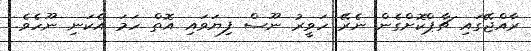
ރާއްޖޭގައި ޗާޕްކޮށްގެން ނެރޭ ހަވީރު ނޫސް ފިޔަވައި އޮތް ހަމަ އެކަނި ނޫހެވެ.